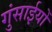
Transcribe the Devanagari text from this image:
गुंसाईयों